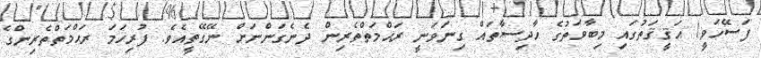
ފަސޭހަވީ! ޙަޤީޤަތުގައި މިބާވަތުގެ ޙާދިސާތައް ގިނަވަނީ ރަޙްމަތްތެރިން ދެނެގަންނަށް ނޭގޭތީއެވެ. ފުރިހަމަ ރަޙްމަތްތެރިންގެ